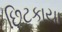
છિટકાયા